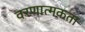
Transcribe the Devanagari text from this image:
वरणात्मकता